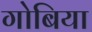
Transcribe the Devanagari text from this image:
गोबिया